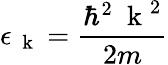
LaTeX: \epsilon_{\mathrm{~\mathbf~k~}}=\frac{\hbar^{2}\mathrm{~\mathbf~k~}^{2}}{2m}